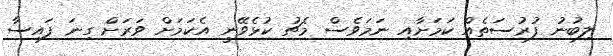
ލިބުނު ފުރުސަތެއް ކަމަށާއި ނަމަވެސް މެޗު ކުޅެވޭނީ އެކަމަށް ވަރަށް ގިނަ ފައިސާ